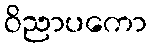
ဝိညာပကော